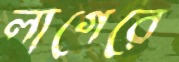
লাগেরে